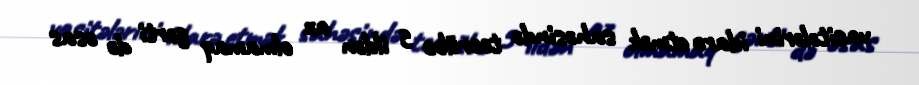
vasitələrini idarə etmək sahəsində təcrübə 5 ildən az olmamaq şərti də əsas